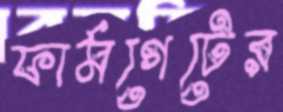
ফার্মগেটের